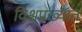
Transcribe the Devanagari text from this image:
विश्वप्रख्यात